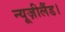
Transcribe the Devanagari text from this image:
न्यूज़ीलैंड।